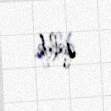
qalıb.